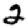
Digit: 2